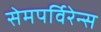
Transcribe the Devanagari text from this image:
सेमपर्विरेन्स